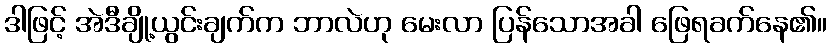
ဒါဖြင့် အဲဒီချို့ယွင်းချက်က ဘာလဲဟု မေးလာ ပြန်သောအခါ ဖြေရခက်နေ၏။